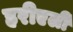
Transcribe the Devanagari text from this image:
हरीएली